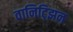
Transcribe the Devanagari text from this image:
वानिट्झिन